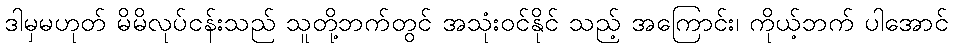
ဒါမှမဟုတ် မိမိလုပ်ငန်းသည် သူတို့ဘက်တွင် အသုံးဝင်နိုင် သည့် အကြောင်း၊ ကိုယ့်ဘက် ပါအောင်